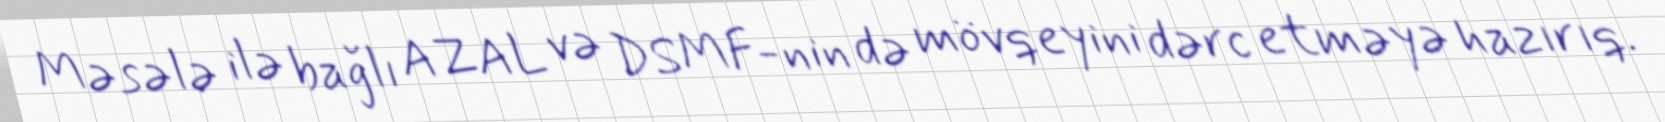
Məsələ ilə bağlı AZAL və DSMF-nin də mövqeyini dərc etməyə hazırıq.